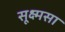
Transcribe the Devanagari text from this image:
सूक्ष्मसा